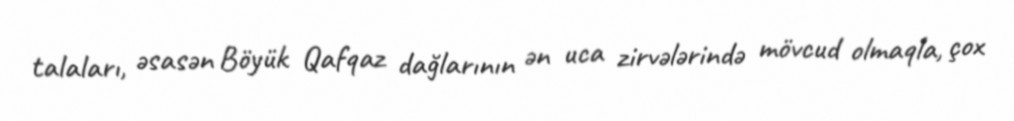
talaları, əsasən Böyük Qafqaz dağlarının ən uca zirvələrində mövcud olmaqla, çox